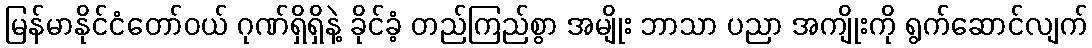
မြန်မာနိုင်ငံတော်ဝယ် ဂုဏ်ရှိရှိနဲ့ ခိုင်ခံ့ တည်ကြည်စွာ အမျိုး ဘာသာ ပညာ အကျိုးကို ရွက်ဆောင်လျက်